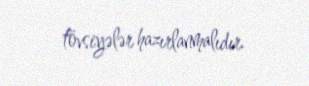
tövsiyələr hazırlanmalıdır.